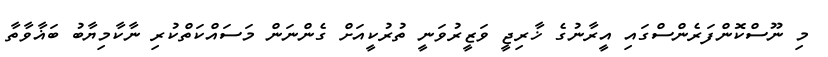
މި ނޫސްކޮންފަރެންސްގައި އީރާނުގެ ޚާރިޖީ ވަޒީރުވަނީ ތުރުކީއަށް ގެންނަން މަސައްކަތްކުރި ނާކާމިޔާބު ބަޣާވާތާ